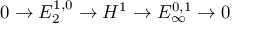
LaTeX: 0 \to E _ { 2 } ^ { 1 , 0 } \to H ^ { 1 } \to E _ { \infty } ^ { 0 , 1 } \to 0